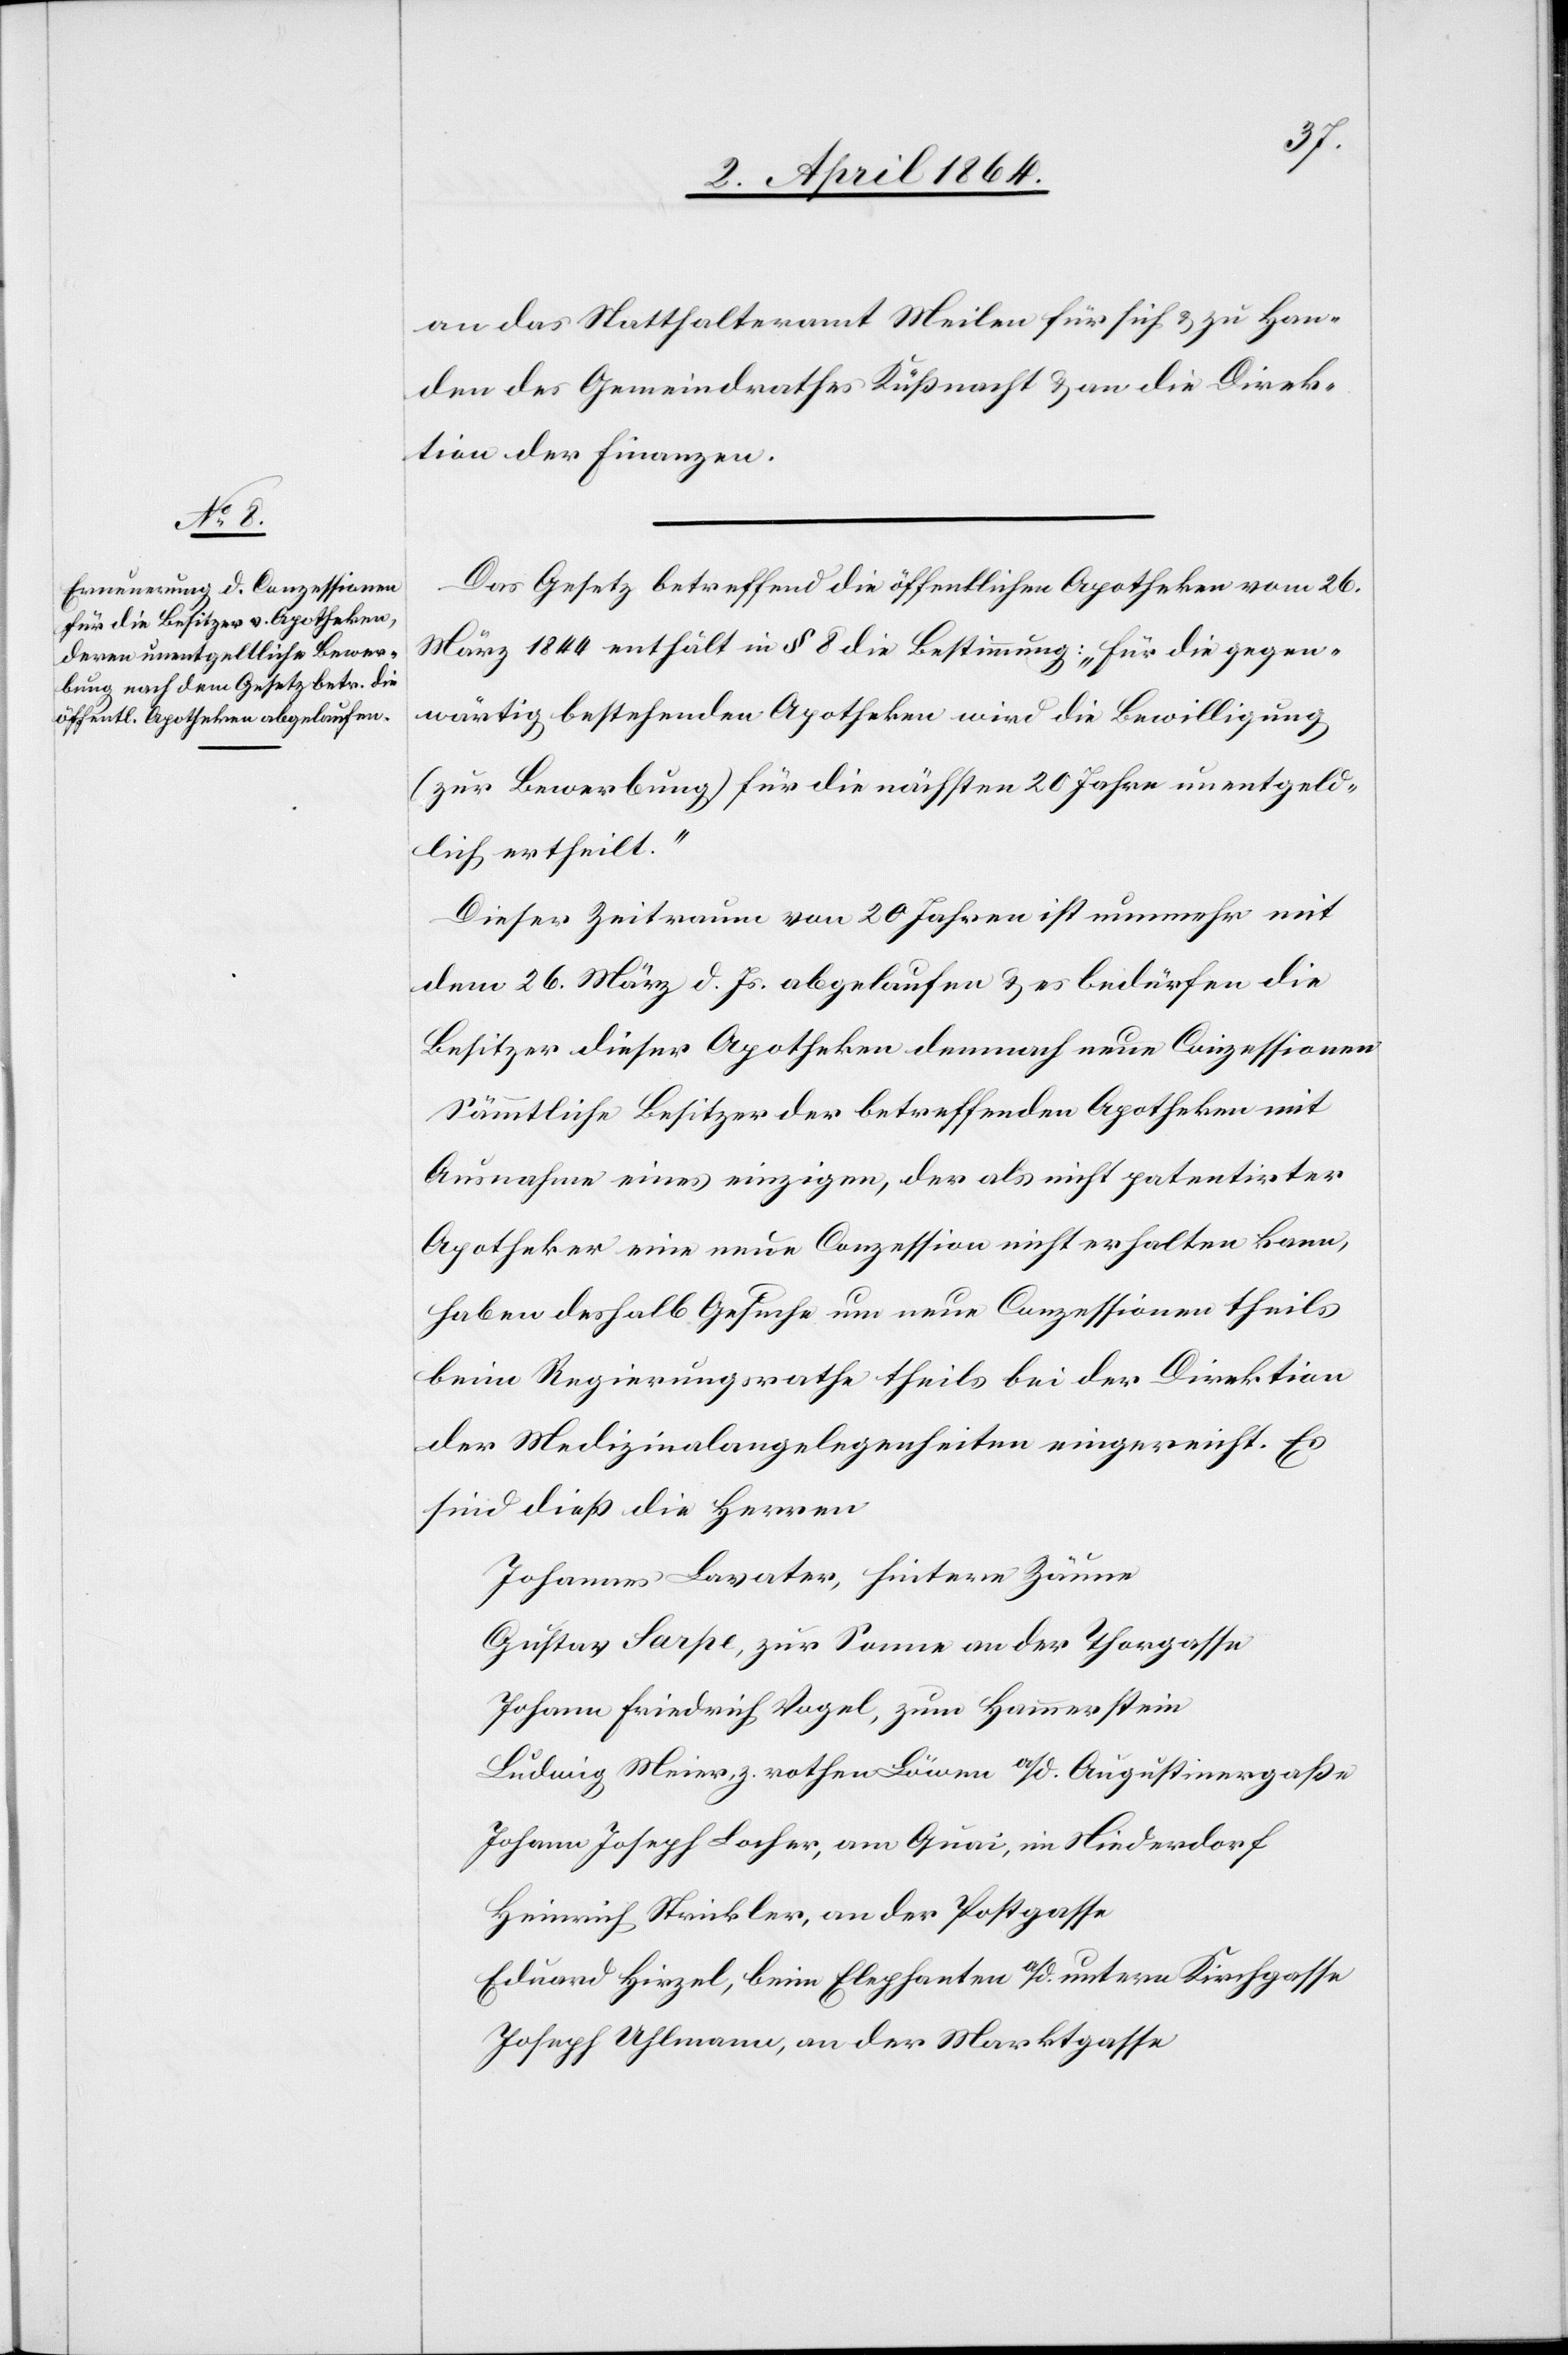
an das Statthalteramt Meilen für sich u. zu Han¬
den des Gemeindrathes Küßnacht u. an die Direk¬
tion der Finanzen.
Das Gesetz betreffend die öffentlichen Apotheken vom 26.
März 1844 enthält in § 8 die Bestimmung: „Für die gegen¬
wärtig bestehenden Apotheken wird die Bewilligung
(zur Bewerbung) für die nächsten 20 Jahre unentgeld¬
lich ertheilt.“
Dieser Zeitraum von 20 Jahren ist nunmehr mit
dem 26. März d. Js. abgelaufen u. es bedürfen die
Besitzer dieser Apotheken demnach neue Conzessionen[.]
Sämmtliche Besitzer der betreffenden Apotheken mit
Ausnahme eines einzigen, der als nicht patentirter
Apotheker eine neue Conzession nicht erhalten kann,
haben deshalb Gesuche um neue Conzessionen theils
beim Regierungsrath theils bei der Direktion
der Medizinalangelegenheiten eingereicht. Es
sind dieß die Herren
Johannes Lavater, hintere Zäune
Gustav Sarpe, zur Sonne an der Thorgasse
Johann Friedrich Vogel, zum Hammerstein
Ludwig Meier, z. rothen Löwen a/d. Augustinergaße
Johann Joseph Locher, am Quai, im Niederdorf
Heinrich Strickler, an der Postgasse
Eduard Hirzel, beim Elephanten a/d. untern Kirchgasse
Joseph Uhlmann, an der Marktgasse